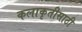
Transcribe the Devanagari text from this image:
कलाकृतीसाठी